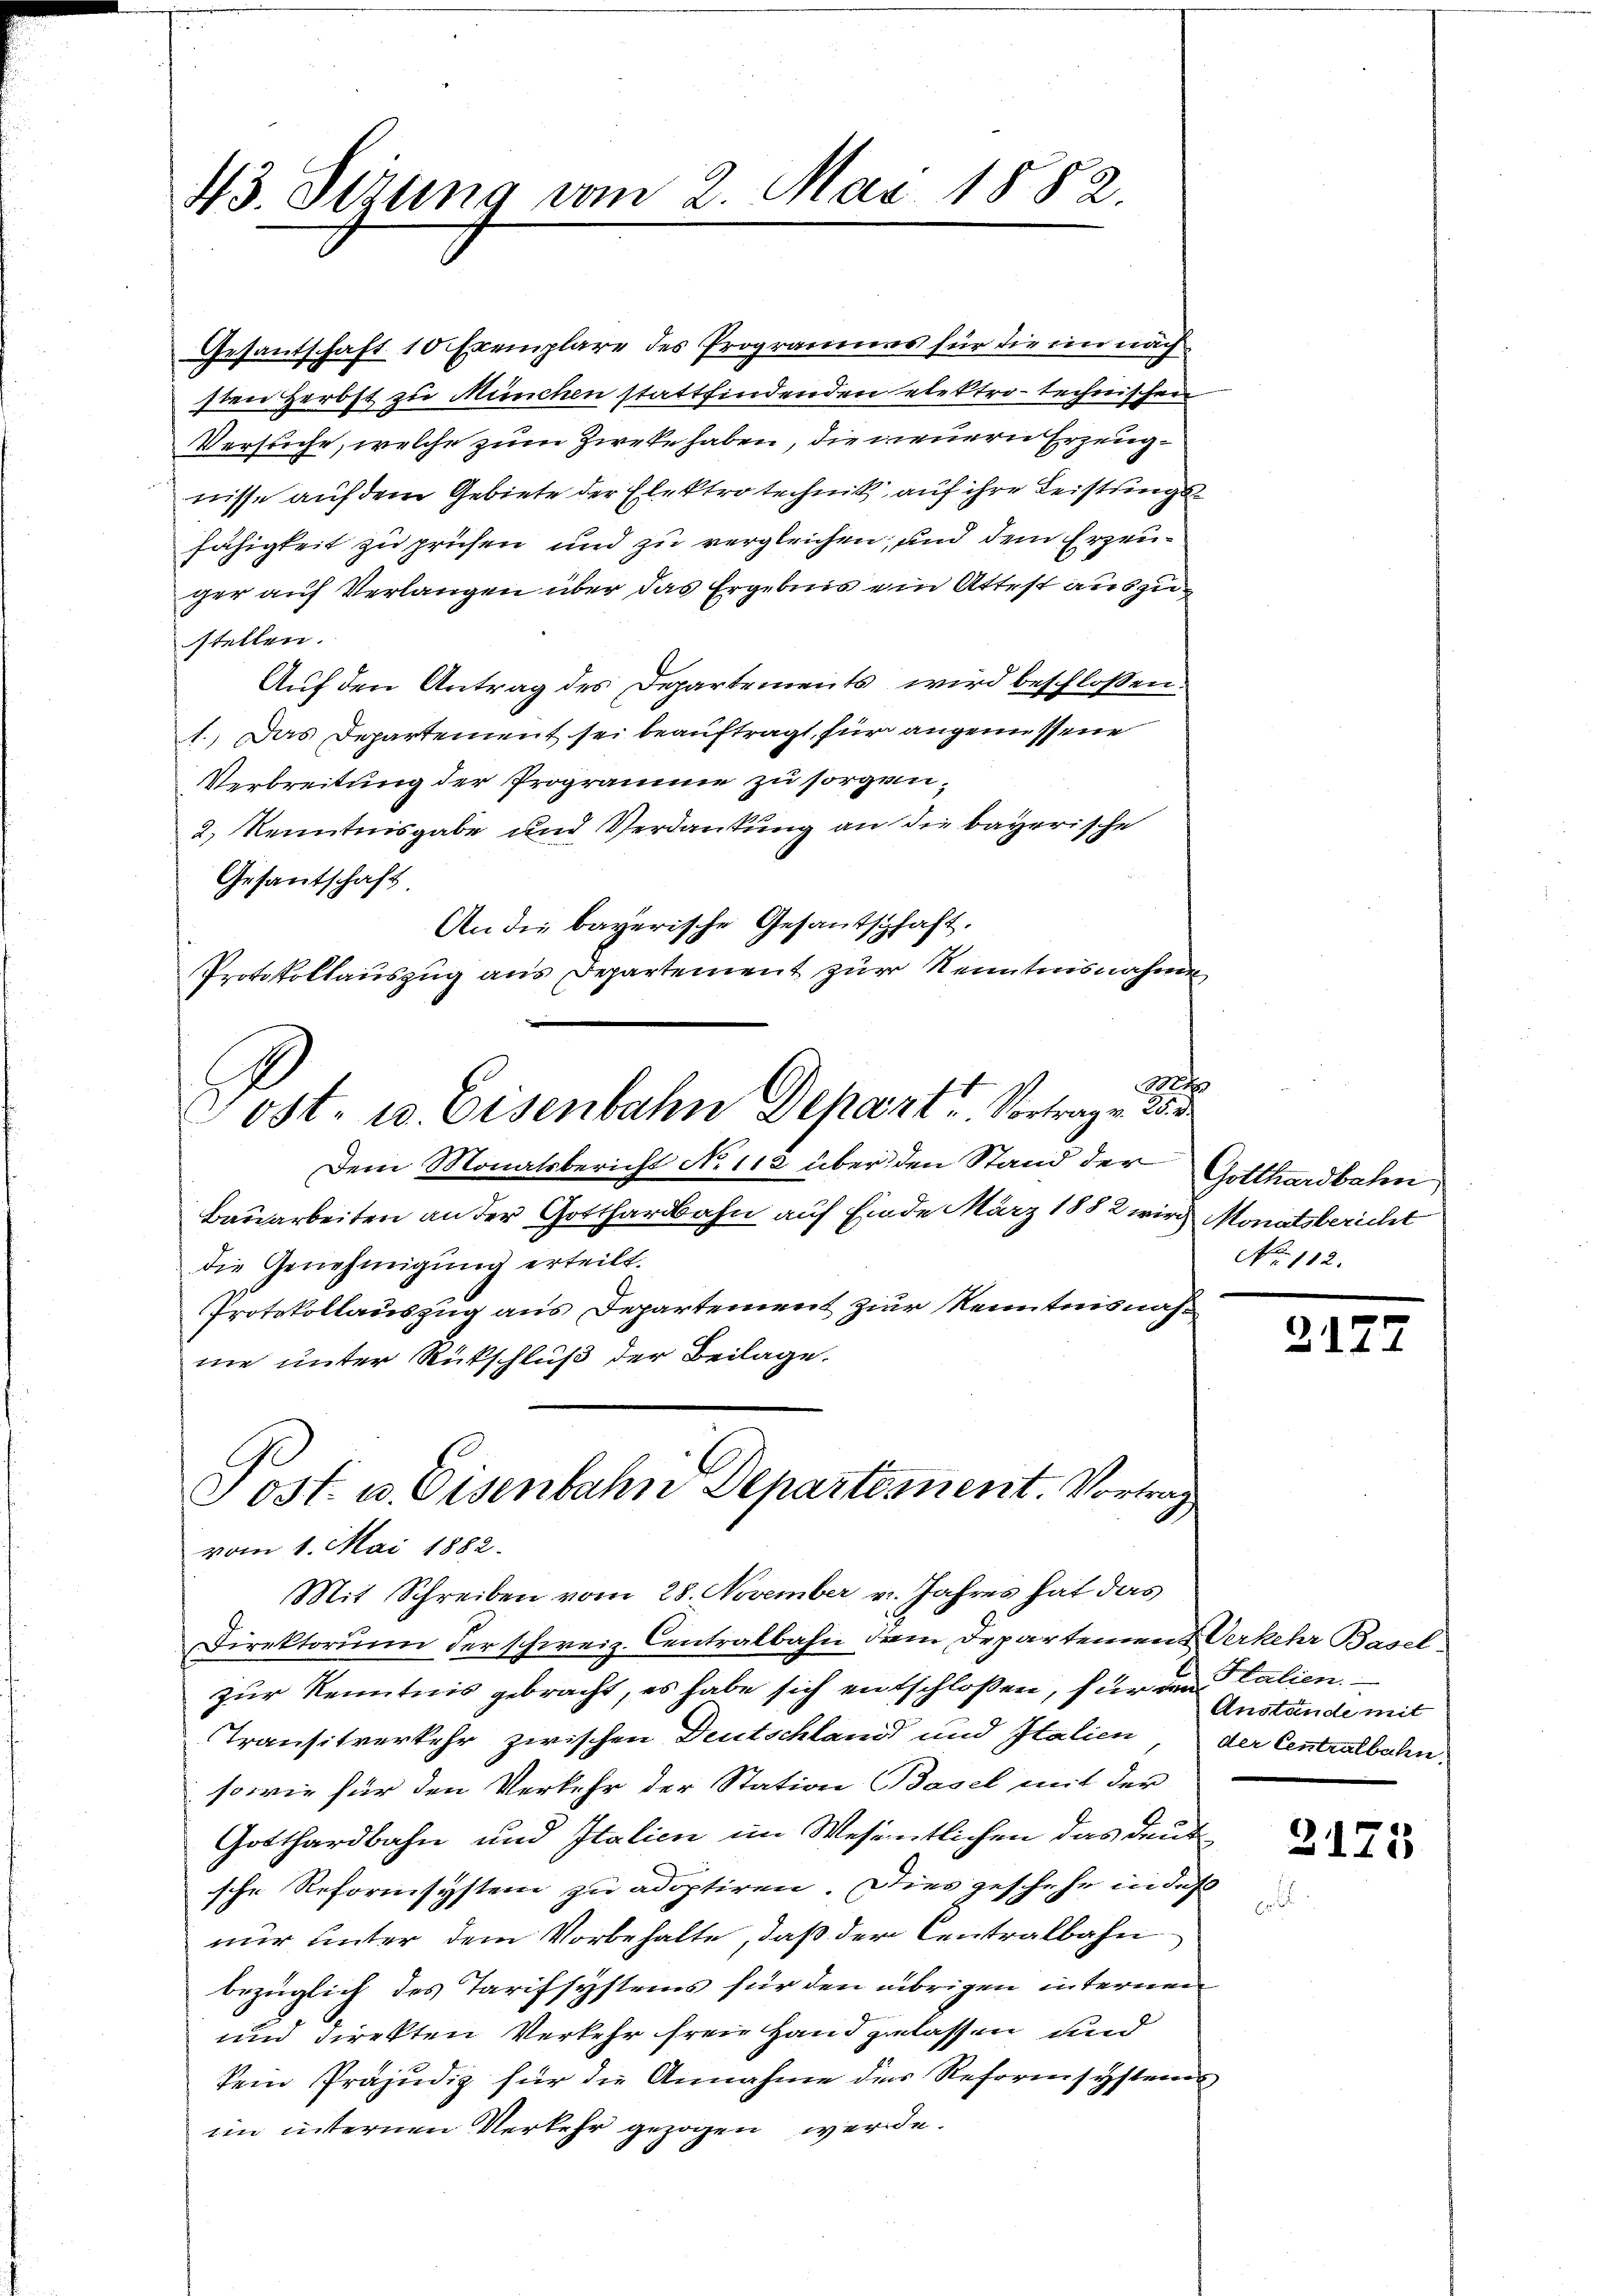
43. Sirung vom 2. Mai 1882.

Post. u. Eisenbahne Departement. Vortrag
vom 1. Mai 1882.
Mit Schreiben vom 28. November v. Jahres hat das

Gesantschaft 10 Exemplare des Programmes für die ein nach
sten Herbst zu München stattfindenden elektro-technischen
Versuche, welche zum Zirke haben, die neuern Erzeugwisse auf dem Gebiete der Elektro technik auf ihre Leistungsfähigkeit zu prüfen und zu vergleichen, und dem Erzeuger auf Verlangen über das Ergebnis ein Attest auszustellen.
Auf den Antrag des Departements wird beschlossen:
1.) Das Departement sei beauftragt, für angemessene
Verbreitung der Programme zu sorgen,
2) Kenntnisgabe und Verdankung an die bayerische
Gesantschaft
An die bayerische Gesandtschaft.
Protokollauszug aus Departement zur Kenntnisnahme
B
Post- u. Eisenbahn Depart Vortragen 28
Dem Monatsbericht No 112 über den Stand der Gotthardbahn
Bauarbeiten an der Gotthardbahn auf Einde März 1882 wird Monatsbericht
die Genehmigung erteilt.
Protokollauszug aus Departement zur Kenntnisnahnie unter Rückschluß der Beilage.

Direktorium der schweiz. Centralbahn dem Departement Verkehr Basel
zur Kenntnis gebracht, es habe sich entschloßen, für am talien
Transitverkehr zwischen Deutschland und Italien, der Centralbahn,
sowie für den Verkehr der Station Basel mit der
Gotthardbahn und Italien im Wesentlichen das deut
sche Reformsystem zu adoptiren. Dies geschehe in deß
nur unter dem Vorbehalte, daß der Centralbahn
bezüglich des Tarifsystems für den übrigen internen
und direkten Verkehr freie Hand gelassen und
kein Präjudiz für die Annahme der Reformsystems
im internen Verkehr gezogen werde.

No 112.

e
14

Anstände mit

2125